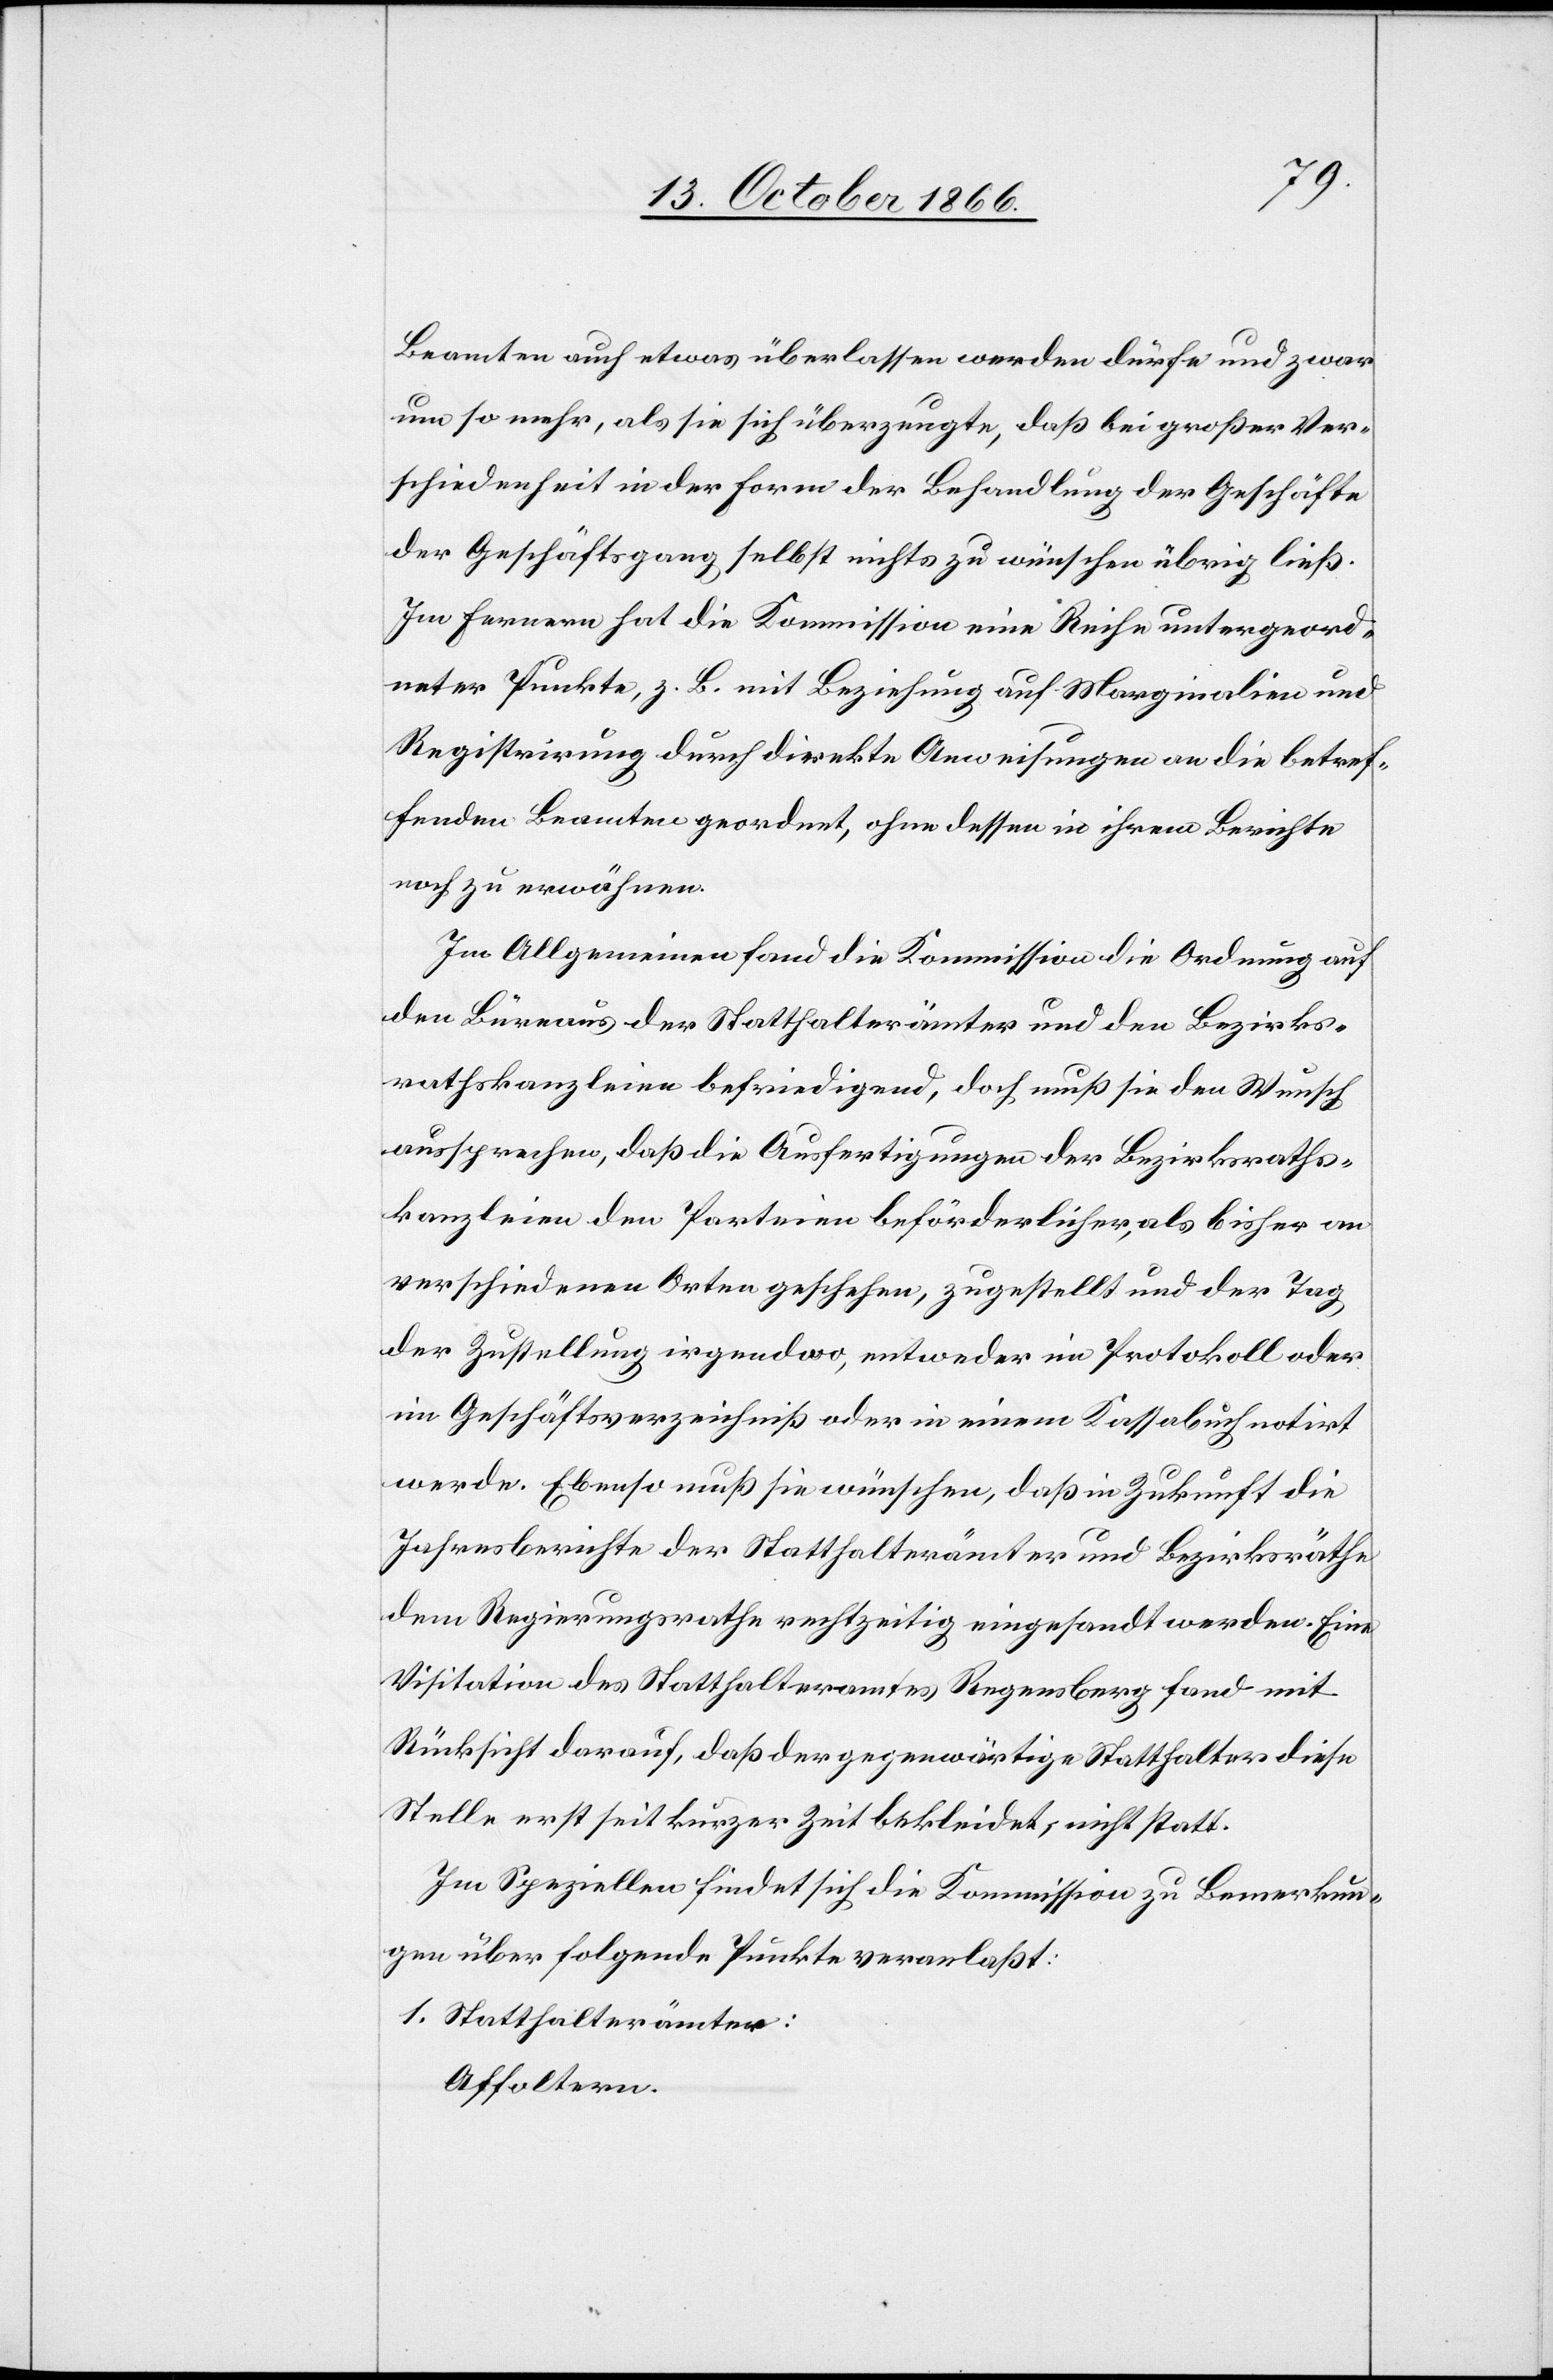
Beamten auch etwas überlassen werden dürfe und zwar
um so mehr, als sie sich überzeugte, daß bei großer Ver¬
schiedenheit in der Form der Behandlung der Geschäfte
der Geschäftsgang selbst nichts zu wünschen übrig ließ.
Im Fernern hat die Kommission eine Reihe untergeord¬
neter Punkte, z. B. mit Beziehung auf Marginalien und
Registrirung durch direkte Anweisungen an die betref¬
fenden Beamten geordnet, ohne dessen in ihrem Berichte
noch zu erwähnen.
Im Allgemeinen fand die Kommission die Ordnung auf
den Büreaus der Statthalterämter und den Bezirks¬
rathskanzleien befriedigend, doch muß sie den Wunsch
aussprechen, daß die Ausfertigungen der Bezirksraths¬
kanzleien den Parteien beförderlicher, als bisher an
verschiedenen Orten geschehen, zugestellt und der Tag
der Zustellung irgendwo, entweder im Protokoll oder
im Geschäftsverzeichniß oder in einem Kassabuch notirt
werde. Ebenso muß sie wünschen, daß in Zukunft die
Jahresberichte der Statthalterämter und Bezirksräthe
dem Regierungsrathe rechtzeitig eingesandt werden. Eine
Visitation des Statthalteramtes Regensberg fand mit
Rücksicht darauf, daß der gegenwärtige Statthalter diese
Stelle erst seit kurzer Zeit bekleidet, nicht statt.
Im Speziellen findet sich die Kommission zu Bemerkun¬
gen über folgende Punkte veranlaßt:
1. Statthalterämter:
Affoltern.